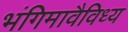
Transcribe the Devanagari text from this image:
भंगिमावैविध्य